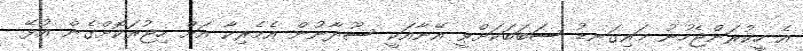
އެ ހީކުރަންޖެހުނު މައިގަނޑު ސަބަބަކަށްވީ އޭނާއަކީ ސޫދާނުން އެމެރިކާ އަށް ހިޖުރަކޮށްގެން އުޅޭ